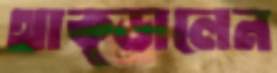
থাক্‌ড়ালেন